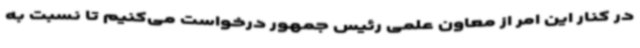
در کنار این امر از معاون علمی رئیس جمهور درخواست می‌کنیم تا نسبت به